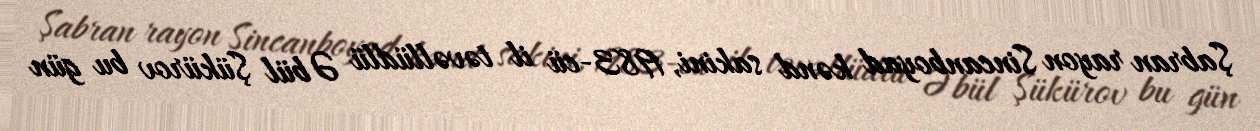
Şabran rayon Sincanboyad kənd sakini, 1983-cü il təvəllüdlü Əbül Şükürov bu gün